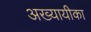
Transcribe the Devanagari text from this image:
अख्यायीका